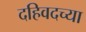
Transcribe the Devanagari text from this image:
दहिवदच्या